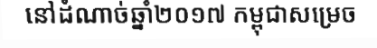
នៅដំណាច់ឆ្នាំ២០១៧ កម្ពុជាសម្រេច